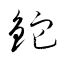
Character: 鉈